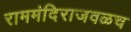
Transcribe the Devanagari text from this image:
राममंदिराजवळच